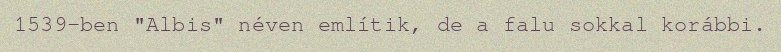
1539-ben "Albis" néven említik, de a falu sokkal korábbi.